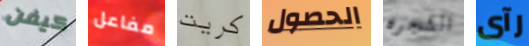
كيفن مفاعل كريت الحصول الشجره رآى